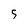
Character: 5